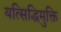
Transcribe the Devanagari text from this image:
यत्सिद्धिमुक्ति